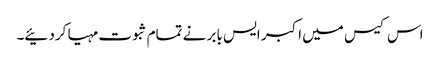
اس کیس میں اکبر ایس بابر نے تمام ثبوت مہیا کردئیے۔